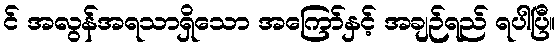
င် အလွန်အရသာရှိသော အကြော်နှင့် အချဉ်ရည် ရပါပြီ။